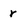
Character: r